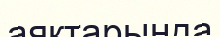
аяқтарында